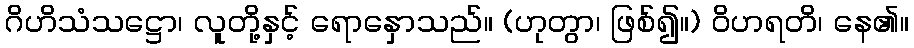
ဂိဟိသံသဋ္ဌော၊ လူတို့နှင့် ရောနှောသည်။ (ဟုတွာ၊ ဖြစ်၍။) ဝိဟရတိ၊ နေ၏။